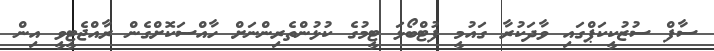
ސާފް ސުޒުކީކަޕްގައި ވާދަކުރާ ގައުމީ ފުޓްބޯޅަ ޓީމުގެ ކުޅުންތެރިންނަށް ހާއްސަކޮށްގެން ރާއްޖެޓީވީ އިން